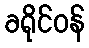
ခရိုင်ဝန်